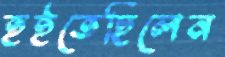
হইতেছিলেন